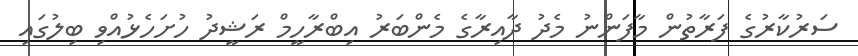
ސަރުކާރުގެ ފަރާތުން މާފަންނު މެދު ދާއިރާގެ މެންބަރު އިބްރާހީމް ރަޝީދު ހުށަހެޅުއްވި ބިލުގައި